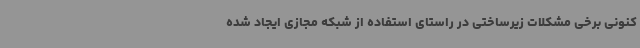
کنونی برخی مشکلات زیرساختی در راستای استفاده از شبکه مجازی ایجاد شده